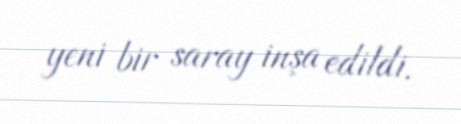
yeni bir saray inşa edildi.